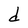
Character: d